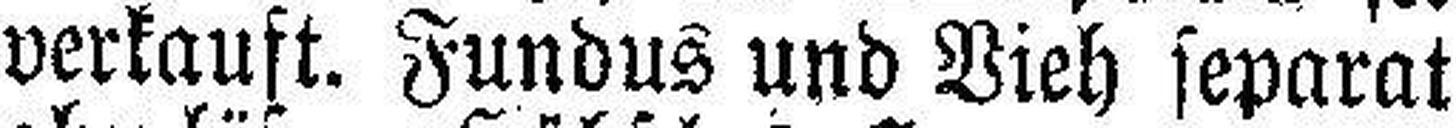
verkauft. Fundus und Vieh separat